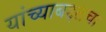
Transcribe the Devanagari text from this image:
यांच्याबद्दलचा